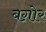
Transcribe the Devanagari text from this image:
बग़ोर